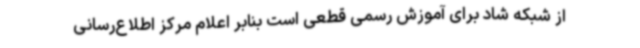
از شبکه شاد برای آموزش رسمی قطعی است بنابر اعلام مرکز اطلاع‌رسانی